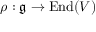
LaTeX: \rho : { \mathfrak { g } } \rightarrow \operatorname { E n d } ( V )